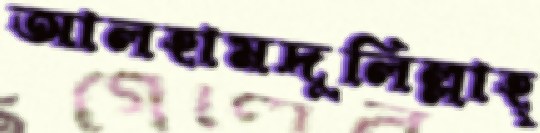
আলহামদুলিল্লাহ্